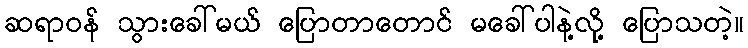
ဆရာဝန် သွားခေါ်မယ် ပြောတာတောင် မခေါ်ပါနဲ့လို့ ပြောသတဲ့။